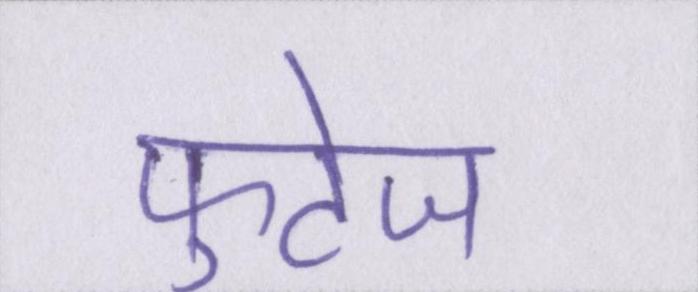
फुटेज